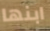
ابنها